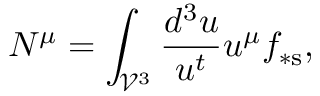
N ^ { \mu } = \int _ { \mathcal { V } ^ { 3 } } \frac { d ^ { 3 } u } { u ^ { t } } u ^ { \mu } f _ { \ast \mathrm { s } } ,